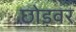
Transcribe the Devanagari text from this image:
छोड़वर